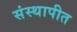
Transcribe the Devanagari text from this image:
संस्थापीत